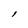
Character: l